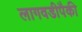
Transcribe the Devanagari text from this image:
लागवडीपैकी